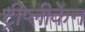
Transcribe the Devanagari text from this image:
ट्रीप्लीकेन